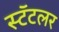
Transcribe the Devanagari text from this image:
स्टॅटलर